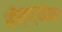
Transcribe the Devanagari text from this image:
सौन्दर्यवान